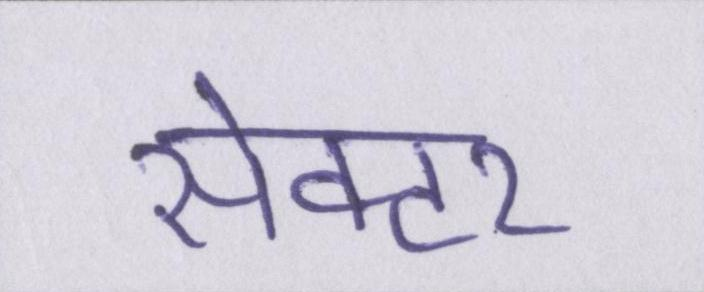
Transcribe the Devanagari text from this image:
सेक्टर